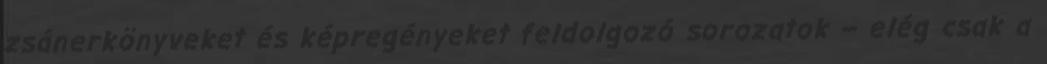
zsánerkönyveket és képregényeket feldolgozó sorozatok – elég csak a